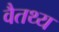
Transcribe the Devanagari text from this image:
वैतथ्य